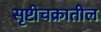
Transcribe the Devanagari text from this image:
सृष्टीचक्रातील